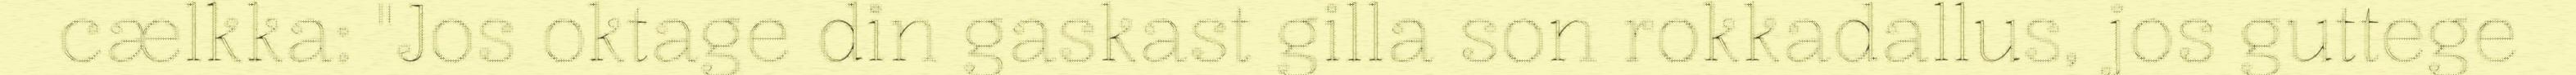
cælkka: "Jos oktage din gaskast gilla son rokkadallus, jos guttege